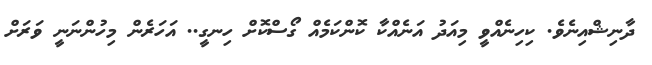
ދާނިޝްއިނެވެ. ކިހިނެއްވީ މިއަދު އަނެއްކާ ކޮންކަމެއް ގޯސްކޮށް ހިނގީ.. އަހަރެން މިހުންނަނީ ވަރަށް